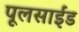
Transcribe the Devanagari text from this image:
पूलसाईंड